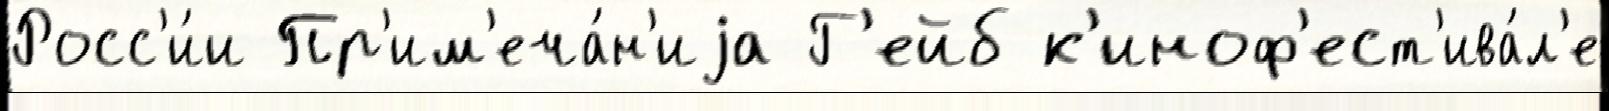
Росс'и́и Пр'им'еча́н'иjа Г'ейб к'иноф'ест'ива́л'е